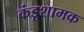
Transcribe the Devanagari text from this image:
कंडूशामक